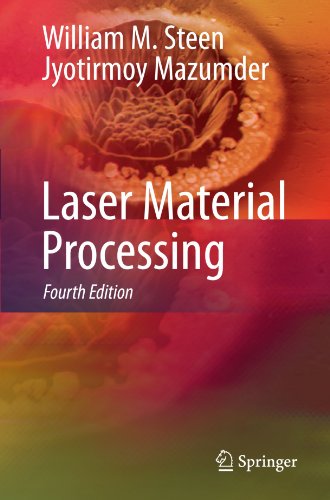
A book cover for Laser Material Processing; William Steen; Science & Math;